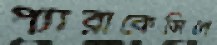
প্যারাকেসিনে